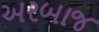
અરબાજ